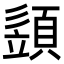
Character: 𩓣